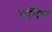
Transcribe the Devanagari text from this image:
डर्मिक